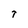
Character: T